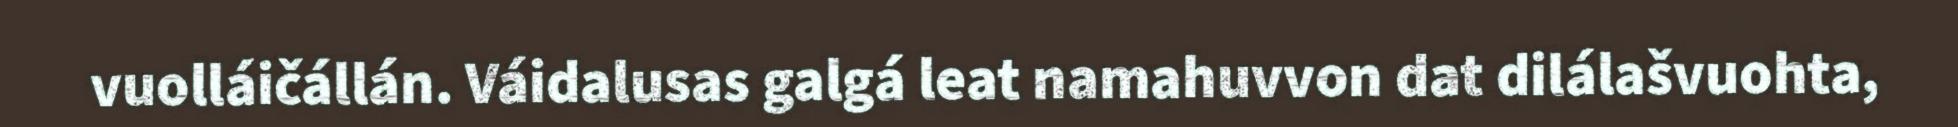
vuolláičállán. Váidalusas galgá leat namahuvvon dat dilálašvuohta,